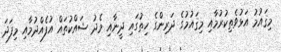
މިޤައުމު އަޅުވެތިކުރުމާއި މިޤައުމުގެ ދަރިންގެ ހިތުގައި ދީނާއި މެދު ޝައްކުތައް އުފެއްދުމާއި މިފަދަ